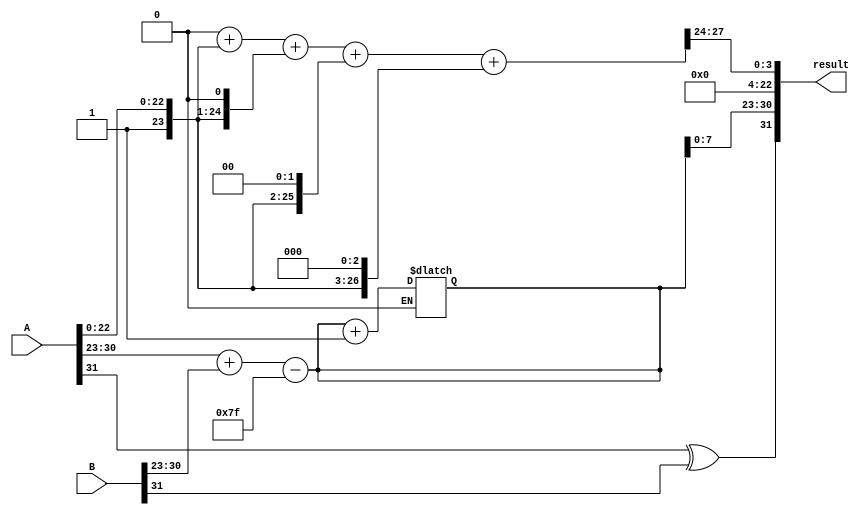
module radix4_fp_multiplier (
    input [31:0] A,  // Input A
    input [31:0] B,  // Input B
    output reg [31:0] result // Output Result
);

    // Extract sign, exponent and mantissa
    wire signA = A[31];
    wire signB = B[31];
    wire [7:0] expA = A[30:23];
    wire [7:0] expB = B[30:23];
    wire [22:0] mantA = A[22:0];
    wire [22:0] mantB = B[22:0];

    wire [23:0] normalized_mantA;
    wire [23:0] normalized_mantB;

    // Normalize Mantissas
    assign normalized_mantA = {1'b1, mantA}; // Assuming normalized input
    assign normalized_mantB = {1'b1, mantB}; // Assuming normalized input

    // Radix-4 Booth Encoding Logic
    // This section is simplified. Please replace with full Radix-4 logic.
    wire [3:0] booth_control; // Placeholder for booth control signals
    // Implement Booth encoding logic here...

    // Partial Product Generation
    reg [47:0] partial_products [0:3]; // Example for 4 partial products
    always @(*) begin
        // Generate partial products based on booth_control
        // Use booth_control to generate appropriate partial products
        // Example (simple assignment):
        partial_products[0] = normalized_mantA;
        partial_products[1] = normalized_mantA << 1; // left shift example
        partial_products[2] = normalized_mantA << 2; // left shift example
        partial_products[3] = normalized_mantA << 3; // left shift example
    end

    // Adder tree to sum the partial products (simple example)
    reg [48:0] sum; // Extended bit-width to handle sums
    integer i;
    always @(*) begin
        sum = 0;
        for (i = 0; i < 4; i = i + 1) begin
            sum = sum + partial_products[i];
        end
    end

    // Exponent Calculation
    reg [8:0] exp_result; // Extend enough for carry
    always @(*) begin
        exp_result = expA + expB - 127; // Subtract bias (127 for single precision)
    end

    // Normalize the Result
    // Simple normalization logic placeholder
    reg [23:0] normalized_result_mant;
    always @(*) begin
        normalized_result_mant = sum[47:24]; // Select high bits for normalized mantissa
        if (sum[47] == 1) begin // If overflown
            exp_result = exp_result + 1;
        end
    end

    // Sign Calculation
    wire result_sign = signA ^ signB;

    // Pack the result
    always @(*) begin
        result = {result_sign, exp_result[7:0], normalized_result_mant[22:0]};
    end

endmodule